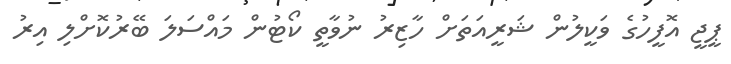
ޕީޖީ އޮފީހުގެ ވަކީލުން ޝަރީއަތަށް ހާޒިރު ނުވާތީ ކޯޓުން މައްސަލަ ބޭރުކޮށްލި އިރު